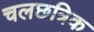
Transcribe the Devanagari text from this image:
चलछत्रिक